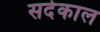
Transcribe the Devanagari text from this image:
सर्दकाल